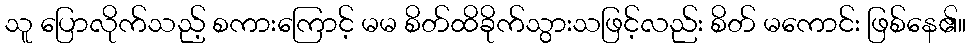
သူ ပြောလိုက်သည့် စကားကြောင့် မမ စိတ်ထိခိုက်သွားသဖြင့်လည်း စိတ် မကောင်း ဖြစ်နေ၏။